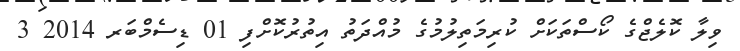
ވިލާ ކޮލެޖްގެ ކޯސްތަަކަށް ކުރިމަތިލުމުގެ މުއްދަތު އިތުރުކޮށްފި 01 ޑިސެމްބަރ 2014 3